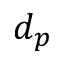
d _ { p }